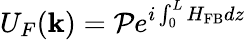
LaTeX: U_{F}(\textbf{k})=\mathcal{P}e^{i\int_{0}^{L}{H_{\mathrm{FB}}dz}}